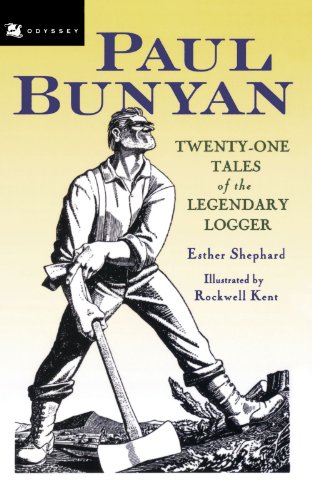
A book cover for Paul Bunyan; Esther Shephard; Children's Books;